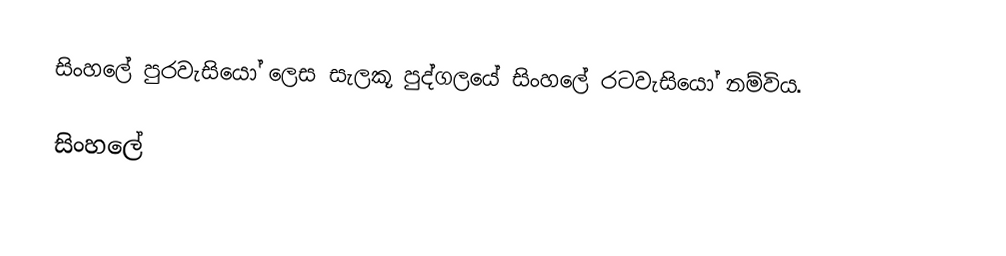
සිංහලේ පුරවැසියෝ ලෙස සැලකූ පුද්ගලයේ සිංහලේ රටවැසියෝ නම්විය.

සිංහලේ